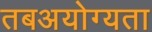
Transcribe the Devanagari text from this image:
तबअयोग्यता